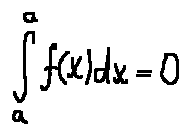
\int \limits _ { a } ^ { a } f ( x ) d x = 0